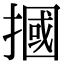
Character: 摑